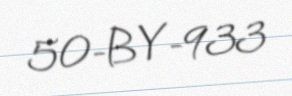
50-BY-933